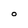
Character: O